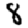
Digit: 8